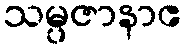
သမ္ပဇာနာဧ